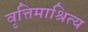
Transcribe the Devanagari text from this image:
वृत्तिमाश्रित्य